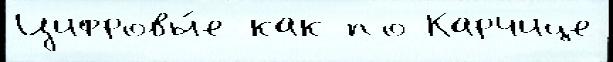
Цифровы́е как по Карчице